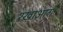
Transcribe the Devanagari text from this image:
रखाआगे